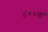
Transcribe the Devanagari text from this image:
८००वां